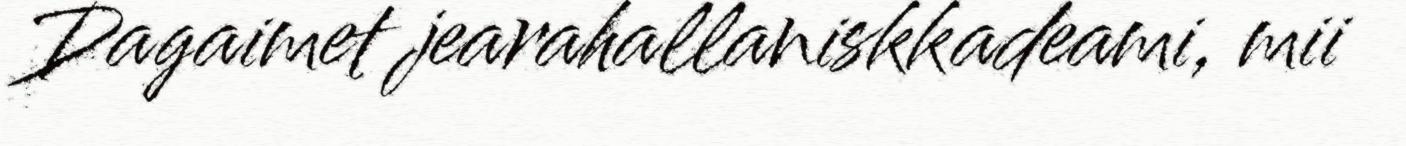
Dagaimet jearahallaniskkadeami, mii